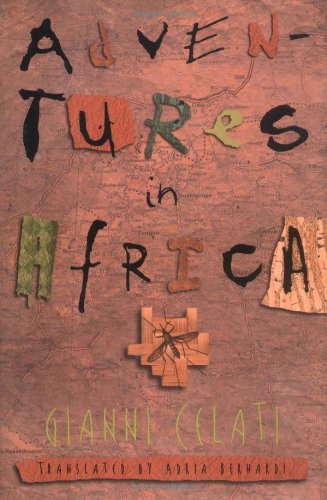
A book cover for Adventures in Africa; Gianni Celati; Travel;